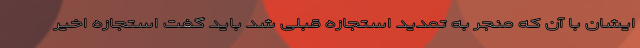
ایشان با آن که منجر به تمدید استجازه قبلی شد باید گفت استجازه اخیر